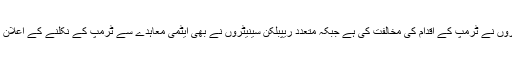
امریکہ کے بیشتر ڈیموکریٹ سینیٹروں نے ٹرمپ کے اقدام کی مخالفت کی ہے جبکہ متعدد ریپبلکن سینیٹروں نے بھی ایٹمی معاہدے سے ٹرمپ کے نکلنے کے اعلان کی براہ راست حمایت نہیں کی ہے۔